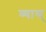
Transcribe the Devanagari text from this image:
व्यास्